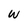
Character: w